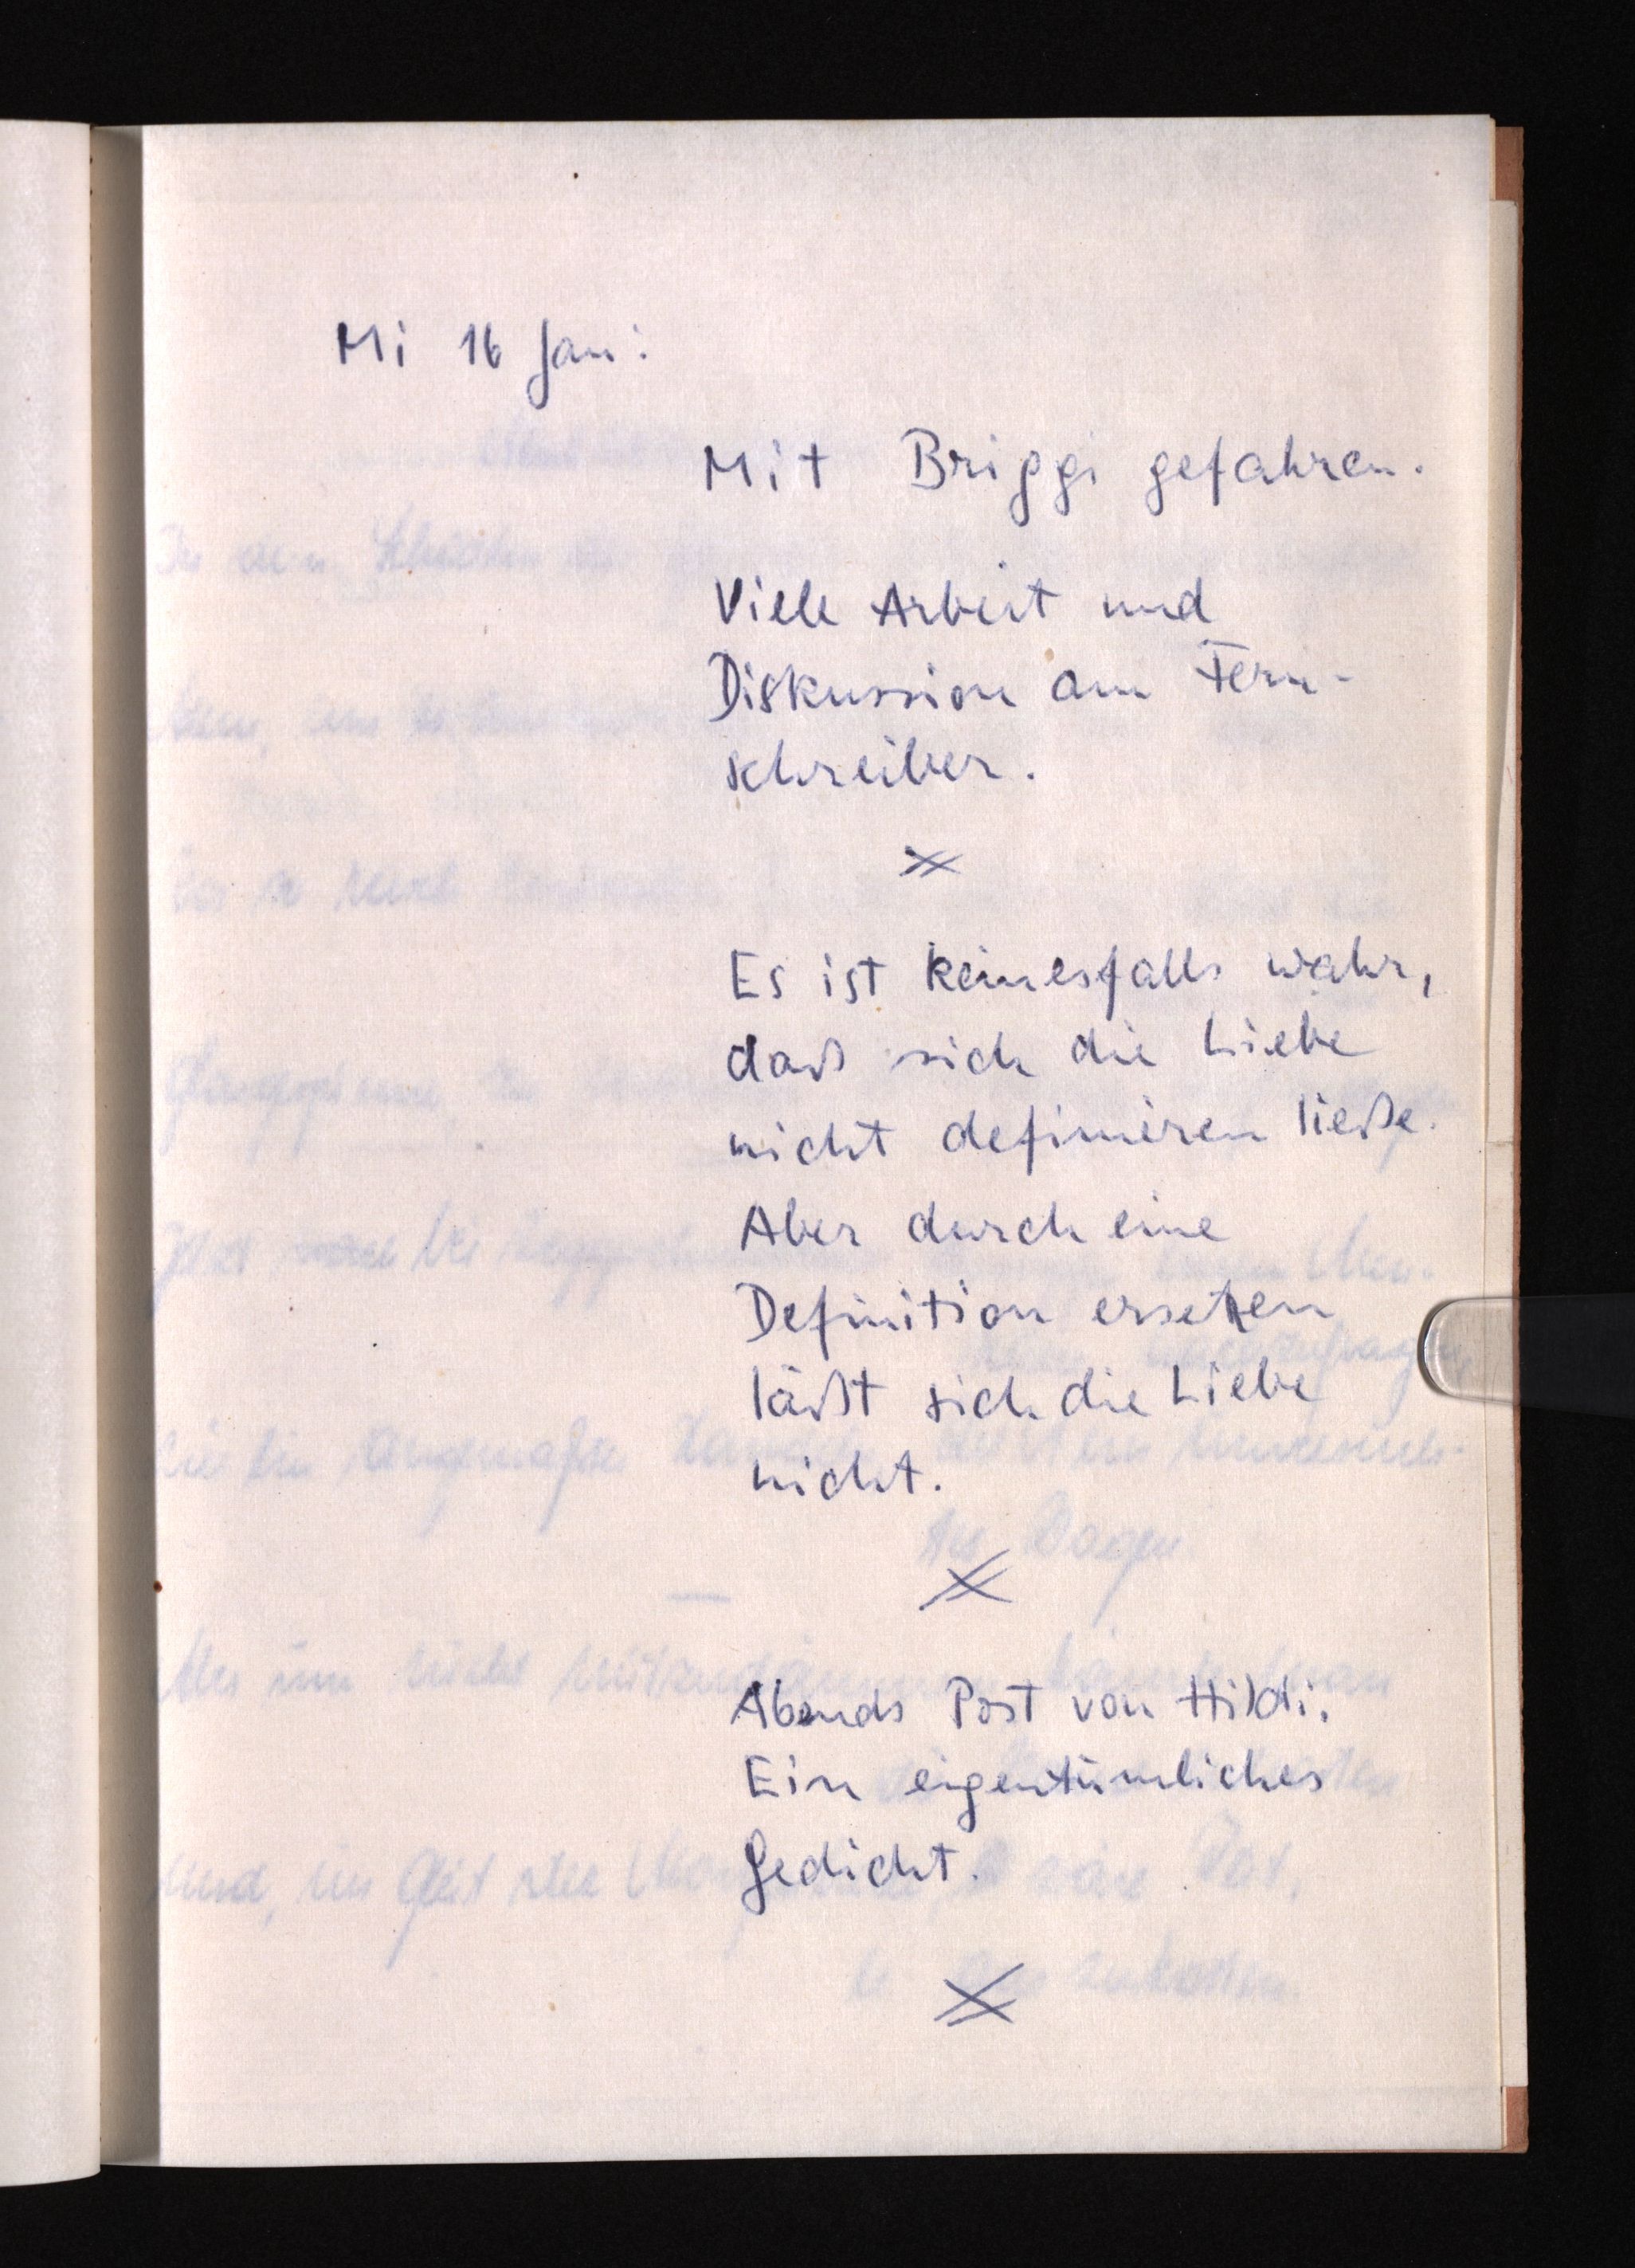
Mi 16 Jan:
Mit Briggi gefahren.
Viele Arbeit und
Diskussion am Fern¬
schreiber.
Es ist keinesfalls wahr,
daß sich die Liebe
nicht definieren ließe.
Aber durch eine
Definition ersetzen
läßt sich die Liebe
nicht.
Abends Post von Hildi.
Ein eigentümliches
Gedicht.